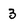
Character: 3